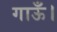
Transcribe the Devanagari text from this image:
गाऊँ।